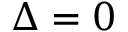
\Delta = 0